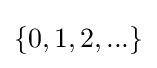
\{0,1,2,...\}